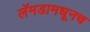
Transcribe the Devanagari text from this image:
लॅमडामधूनच